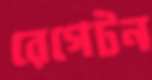
রেগেটন